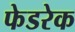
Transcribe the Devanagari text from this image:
फेडरेक